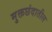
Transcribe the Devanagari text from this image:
मुक्तछंदातील